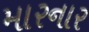
મારનાર